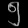
Digit: ၅